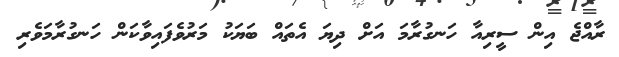
ރާއްޖެ އިން ސީރިއާ ހަނގުރާމަ އަށް ދިޔަ އެތައް ބަޔަކު މަރުވެފައިވާކަން ހަނގުރާމަވެރި